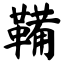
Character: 鞴